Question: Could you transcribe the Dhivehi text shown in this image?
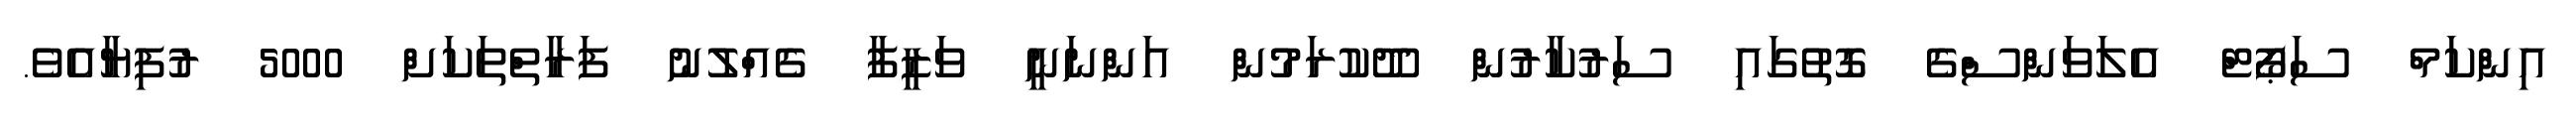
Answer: އިންކަމް ސަޕޯޓް އެލަވަންސްގެ ގޮތުގައި ސަރުކާރުން ދޫކުރަމުން އަންނަނީ ވަޒީފާ ގެއްލުނު ފަރާތްތަކަށް 5000 ރުފިޔާއެވެ.